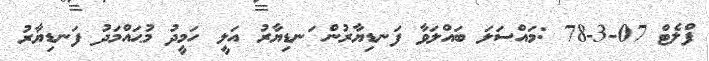
ފްލެޓް 07-3-78 :މައްސަލަ ބައްލަވާ ފަނޑިޔާރުން ަނޑިޔާރު އަލީ ހަމީދު މުޙައްމަދު ފަނޑިޔާރު